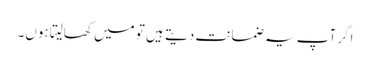
اگر آپ یہ ضمانت دیتے ہیں تو میں کھالیتا ہوں۔